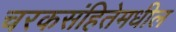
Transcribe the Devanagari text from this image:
चरकसंहितेमधील